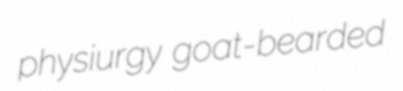
physiurgy goat-bearded